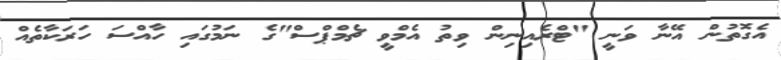
އެގޮތުން އޭނާ ވަނީ "ޓްރެއިނިން ވިތު އެމްވީ ޗެމްޕްސް"ގެ ނަމުގައި ހާއްސަ ހަރަކާތެއް